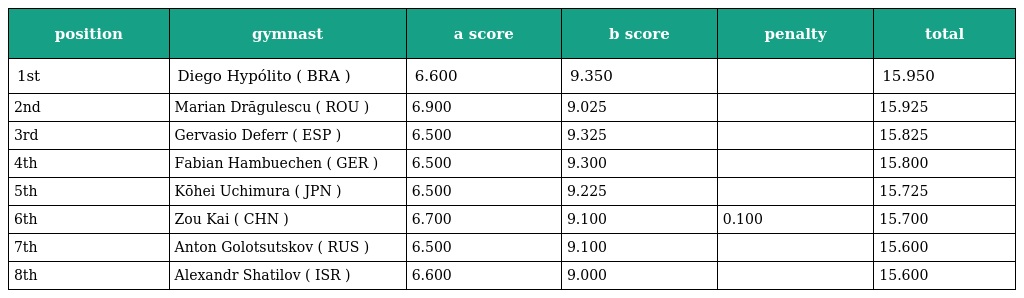
| position | gymnast | a score | b score | penalty | total |
 | --- | --- | --- | --- | --- | --- |
 | 1st | Diego Hypólito ( BRA ) | 6.600 | 9.350 |  | 15.950 |
 | 2nd | Marian Drăgulescu ( ROU ) | 6.900 | 9.025 |  | 15.925 |
 | 3rd | Gervasio Deferr ( ESP ) | 6.500 | 9.325 |  | 15.825 |
 | 4th | Fabian Hambuechen ( GER ) | 6.500 | 9.300 |  | 15.800 |
 | 5th | Kōhei Uchimura ( JPN ) | 6.500 | 9.225 |  | 15.725 |
 | 6th | Zou Kai ( CHN ) | 6.700 | 9.100 | 0.100 | 15.700 |
 | 7th | Anton Golotsutskov ( RUS ) | 6.500 | 9.100 |  | 15.600 |
 | 8th | Alexandr Shatilov ( ISR ) | 6.600 | 9.000 |  | 15.600 |